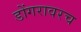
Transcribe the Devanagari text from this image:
डोंगरावरच